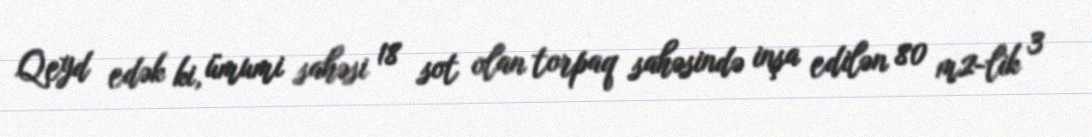
Qeyd edək ki, ümumi sahəsi 18 sot olan torpaq sahəsində inşa edilən 80 m2-lik 3